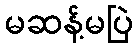
မဆန့်မပြဲ